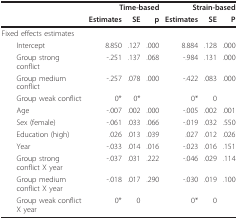
<table><thead><tr><td></td><td colspan="3"><b>Time-based</b></td><td colspan="3"><b>Strain-based</b></td></tr><tr><td></td><td><b>Estimates</b></td><td><b>SE</b></td><td><b>p</b></td><td><b>Estimates</b></td><td><b>SE</b></td><td><b>P</b></td></tr></thead><tbody><tr><td>Fixed effects estimates</td><td></td><td></td><td></td><td></td><td></td><td></td></tr><tr><td> Intercept</td><td>8.850</td><td>.127</td><td>.000</td><td>8.884</td><td>.128</td><td>.000</td></tr><tr><td> Group strong conflict</td><td>-.251</td><td>.137</td><td>.068</td><td>-.984</td><td>.131</td><td>.000</td></tr><tr><td> Group medium conflict</td><td>-.257</td><td>.078</td><td>.000</td><td>-.422</td><td>.083</td><td>.000</td></tr><tr><td> Group weak conflict</td><td>0*</td><td>0*</td><td></td><td>0*</td><td>0</td><td></td></tr><tr><td> Age</td><td>-.007</td><td>.002</td><td>.000</td><td>-.005</td><td>.002</td><td>.001</td></tr><tr><td> Sex (female)</td><td>-.061</td><td>.033</td><td>.066</td><td>-.019</td><td>.032</td><td>.550</td></tr><tr><td> Education (high)</td><td>.026</td><td>.013</td><td>.039</td><td>.027</td><td>.012</td><td>.026</td></tr><tr><td> Year</td><td>-.033</td><td>.014</td><td>.016</td><td>-.023</td><td>.016</td><td>.151</td></tr><tr><td> Group strong conflict X year</td><td>-.037</td><td>.031</td><td>.222</td><td>-.046</td><td>.029</td><td>.114</td></tr><tr><td> Group medium conflict X year</td><td>-.018</td><td>.017</td><td>.290</td><td>-.030</td><td>.019</td><td>.100</td></tr><tr><td> Group weak conflict X year</td><td>0*</td><td>0</td><td></td><td>0*</td><td>0</td><td></td></tr></tbody></table>